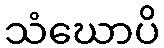
သံဃောပိ